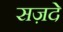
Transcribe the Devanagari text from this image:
सज़दे